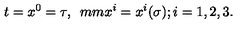
t = x ^ { 0 } = \tau , \hspace * { 5 m m } x ^ { i } = x ^ { i } ( \sigma ) ; i = 1 , 2 , 3 .